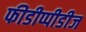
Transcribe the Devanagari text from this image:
फीडीप्पीडीज